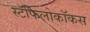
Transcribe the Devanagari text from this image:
स्टॅफिलोकॉकस